[Report on the health of British troops in the Madras command]
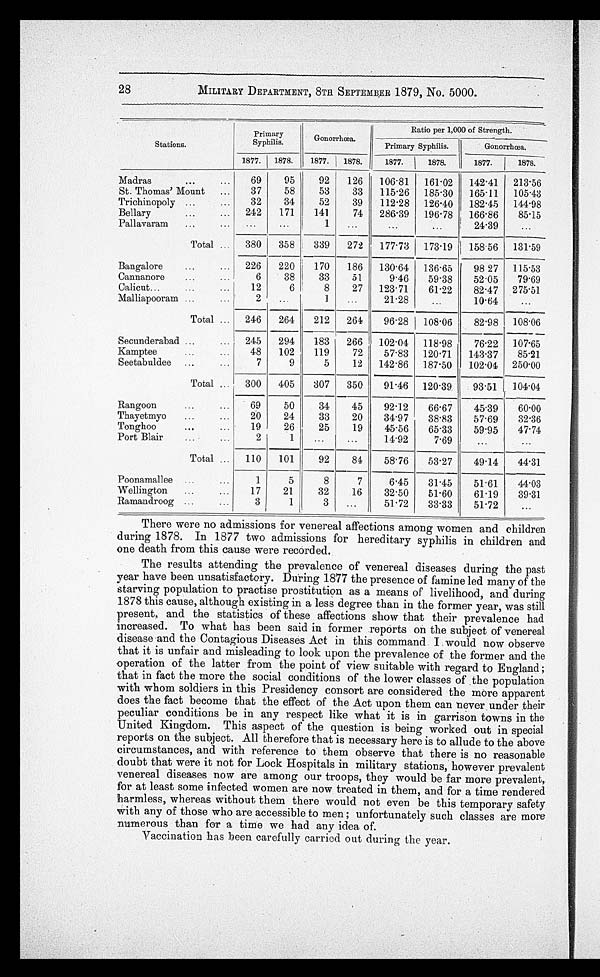
28
MILITARY DEPARTMENT, 8TH SEPTEMBER 1879, No. 5000.
Stations.
Primary
Syphilis.
Gonorrhœa.
Ratio per 1,000 of Strength.
Primary Syphilis.
Gonorrhœa.
1877.
1878.
1877.
1878.
1877.
1878.
1877.
1878.
Madras . . .
69
95
92
126
106.81
161.02
142.41
213.56
St. Thomas' Mount . . .
37
58
53
33
115.26
185.30
165.11
105.43
Trichinopoly . . .
32
34
52
39
112.28
126.40
182.45
144.98
Bellary . . .
242
171
141
74
286.39
196.78
166.86
85.15
Pallavaram . . .
. . .
. . .
1
. . .
. . .
. . .
24.39
. . .
Total . . .
380
358
339
272
177.73
173.19
158.56
131.59
Bangalore . . .
226
220
170
186
130.64
136.65
98.27
115.53
Cannanore . . .
6
38
33
51
9.46
59.38
52.05
79.69
Calicut . . .
12
6
8
27
123.71
61.22
82.47
275.51
Malliapooram . . .
2
. . .
1
. . .
21.28
. . .
10.64
. . .
Total . . .
246
264
212
264
96.28
108.06
82.98
108.06
Secunderabad . . .
245
294
183
266
102.04
118.98
76.22
107.65
Kamptee . . .
48
102
119
72
57.83
120.71
143.37
85.21
Seetabuldee . . .
7
9
5
12
142.86
187.50
102.04
250.00
Total . . .
300
405
307
350
91.46
120.39
93.51
104.04
Rangoon . . .
69
50
34
45
92.12
66.67
45.39
-
60.00
Thayetmyo . . .
20
24
33
20
34.97
38.83
57.69
32.36
Tonghoo . . .
19
2 6
25
19
45.56
65.33
59.95
47.74
Port Blair . . .
2
1
. . .
. . .
14.92
7.69
. . .
I
. . .
Total . . .
110
101
92
84
58.76
53.27
49.14
44.31
Poonamallee . . .
1
5
8
7
6.45
31.45
51.61
44.03
Wellington . . .
17
21
32
16
32.50
51.60
61.19
39.31
Ramandroog . . .
3
1
. . .
. . .
51.72
33.33
51.72
. . .
There were no admissions for venereal affections among women and children
during 1878. In 1877 two admissions for hereditary syphilis in children and
one death from this cause were recorded.
The results attending the prevalence of venereal diseases during the past
year have been unsatisfactory. During 1877 the presence of famine led many of the
starving population to practise prostitution as a means of livelihood, and during
1878 this cause, although existing in a less degree than in the former year, was still
present, and the statistics of these affections show that their prevalence had
increased. To what has been said in former reports on the subject of venereal
disease and the Contagious Diseases Act in this command I would now observe
that it is unfair and misleading to look upon the prevalence of the former and the
operation of the latter from the point of view suitable with regard to England
that in fact the more the social conditions of the lower classes of the population
with whom soldiers in this Presidency consort are considered the more apparent
does the fact become that the effect of the Act upon them can never under their
peculiar conditions be in any respect like what it is in garrison towns in the
United Kingdom. This aspect of the question is being worked out in special
reports on the subject. All therefore that is necessary here is to allude to the above
circumstances, and with reference to them observe that there is no reasonable
doubt that were it not for Lock Hospitals in military stations, however prevalent
venereal diseases now are among our troops, they would be far more prevalent,
for at least some infected women are now treated in them, and for a time rendered
harmless, whereas without them there would not even be this temporary safety
with any of those who are accessible to men ; unfortunately such classes are more
numerous than for a time we had any idea of.
Vaccination has been carefully carried out during the year.